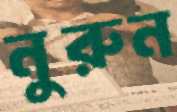
নুরুন